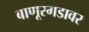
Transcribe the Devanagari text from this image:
बाणूरगडावर